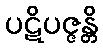
ပဋိပဇ္ဇန္တိ